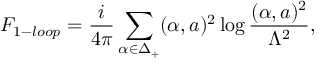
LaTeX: { \cal F } _ { 1 - l o o p } = { \frac { i } { 4 \pi } } \sum _ { \alpha \in \Delta _ { + } } ( \alpha , a ) ^ { 2 } \log { \frac { ( \alpha , a ) ^ { 2 } } { \Lambda ^ { 2 } } } ,